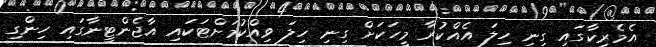
އެމެރިކާގައި ގިނި ހިލަ އެއްކުރާ މީހަކަށް ގިނި ހިލަ ވިއްކުމަށްޓަކައި އާޖެންޓީނާގައި ހިންގި